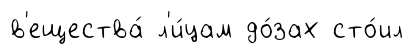
в'ещества́ л'и́цам до́зах сто́ил